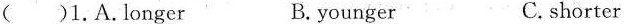
( )1.A.longer B.younger C.shorter